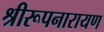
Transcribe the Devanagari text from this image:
श्रीरूपनारायण